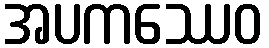
အပကဿေဝ